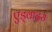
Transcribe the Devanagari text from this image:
एड्वाइस